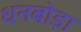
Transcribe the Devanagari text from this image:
धनबोड़ा